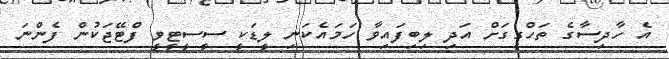
އެ ހާދިސާގެ ތަހްގީގަށް އަދި ލިބިފައިވާ ހަމައެކަނި ލީޑަކީ ސީސީޓީވީ ފްޓޭޖަކުން ފެންނަ